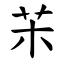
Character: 㭉